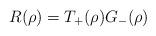
LaTeX: \begin{align*}R(\rho)=T_{+}(\rho)G_{-}(\rho) \end{align*}